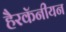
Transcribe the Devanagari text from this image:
हैरकॅनीयन